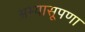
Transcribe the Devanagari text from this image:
अभ्यासूपणा